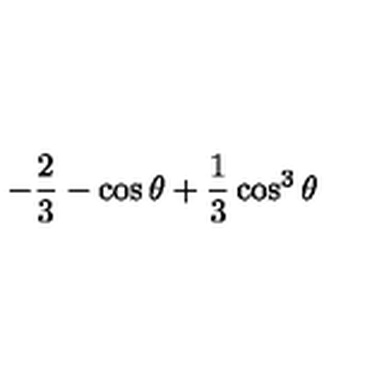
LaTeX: - \frac { 2 } { 3 } - \cos \theta + \frac { 1 } { 3 } \cos ^ { 3 } \theta